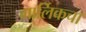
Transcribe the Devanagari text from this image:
गार्लिकचा